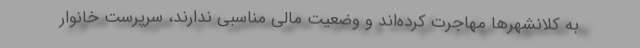
به كلانشهرها مهاجرت كرده‌اند و وضعيت مالي مناسبي ندارند، سرپرست خانوار